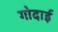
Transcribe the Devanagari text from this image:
गोदाई